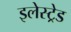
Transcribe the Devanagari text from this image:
इलेस्ट्रेड